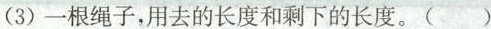
（3）一根绳子，用去的长度和剩下的长度。（ ）